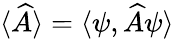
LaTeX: \langle\widehat{A}\rangle=\langle\psi,\widehat{A}\psi\rangle